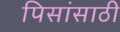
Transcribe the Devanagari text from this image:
पिसांसाठी